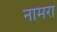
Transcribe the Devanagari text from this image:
नामरा